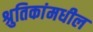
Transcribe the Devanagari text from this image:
श्रुतिकांमधील